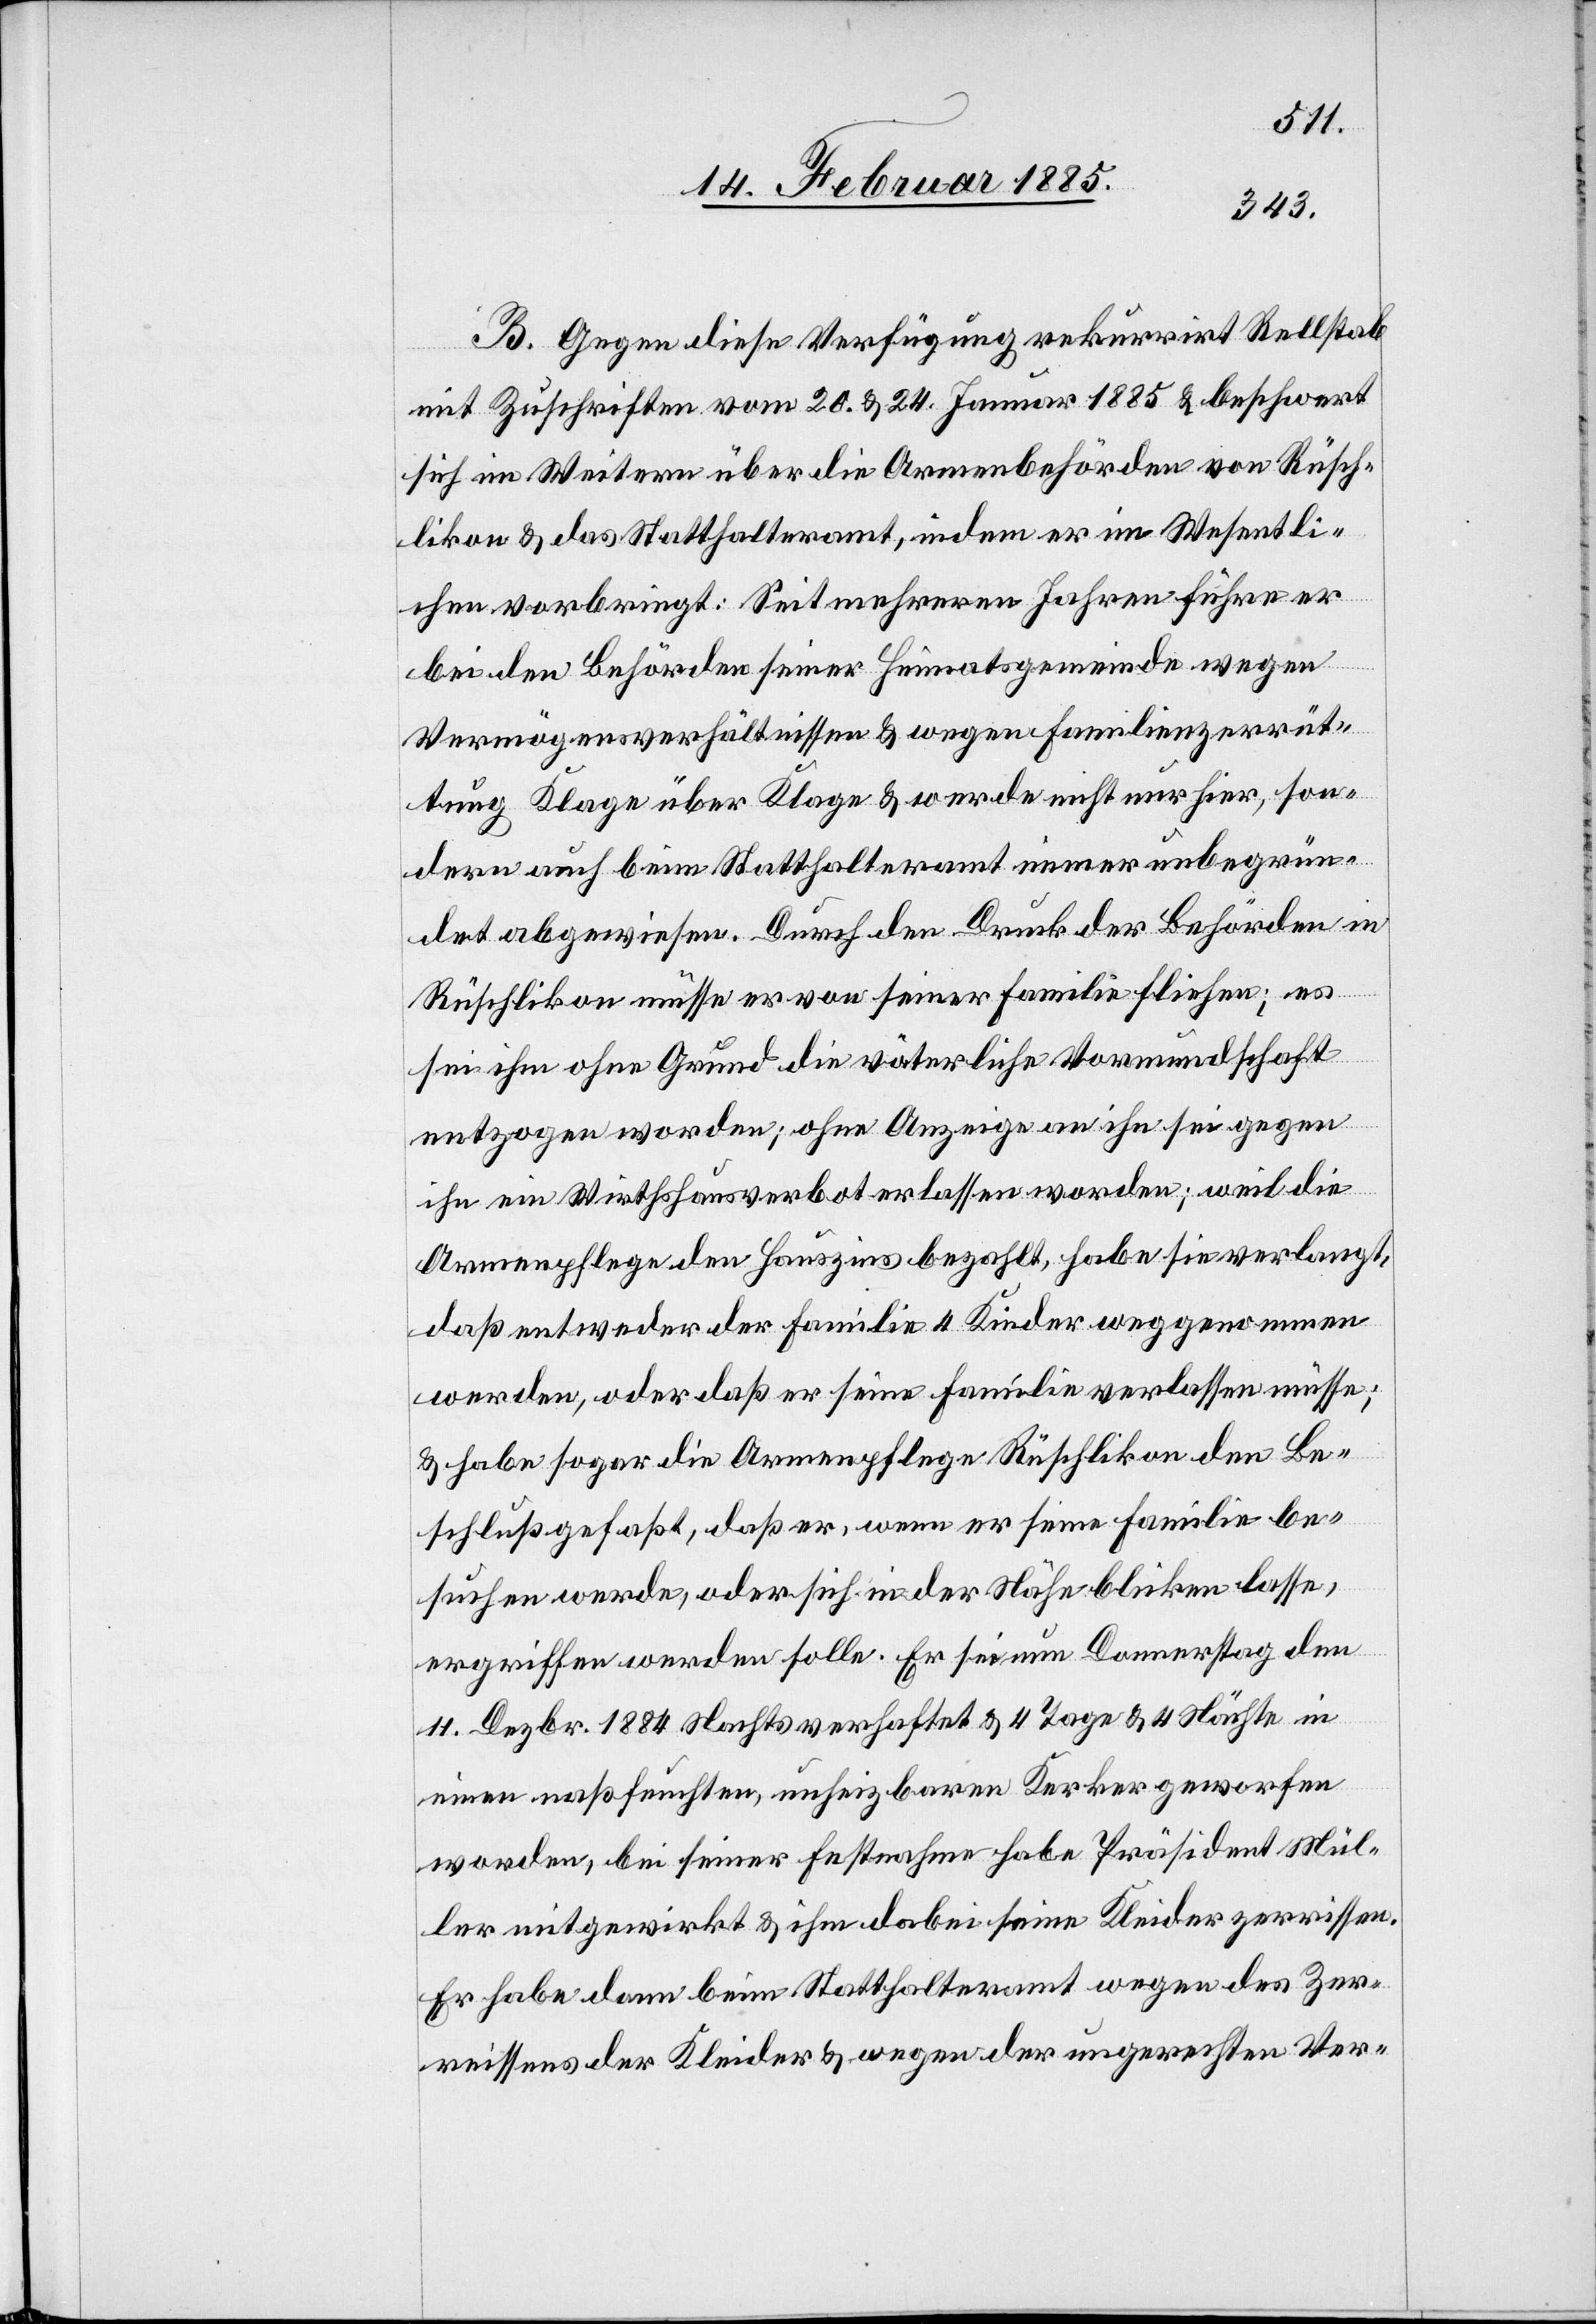
B. Gegen diese Verfügung rekurrirt Rellstab
mit Zuschriften vom 20. & 24. Januar 1885 & beschwert
sich im Weitern über die Armenbehörden von Rüsch¬
likon & das Statthalteramt, indem er im Wesentli¬
chen vorbringt: Seit mehreren Jahren führe er
bei den Behörden seiner Heimatsgemeinde wegen
Vermögensverhältnissen & wegen Familienzerrüt¬
tung Klage über Klage & werde nicht nur hier, son¬
dern auch beim Statthalteramt immer unbegrün¬
det abgewiesen. Durch den Druck der Behörden in
Rüschlikon müsse er von seiner Familie fliehen; es
sei ihm ohne Grund die väterliche Vormundschaft
entzogen worden; ohne Anzeige an ihn sei gegen
ihn ein Wirthshausverbot erlassen worden; weil die
Armenpflege den Hauszins bezahlt, habe sie verlangt,
daß entweder der Familie 4 Kinder weggenommen
werden, oder daß er seine Familie verlassen müsse;
& habe sogar die Armenpflege Rüschlikon den Be¬
schluß gefaßt, daß er, wenn er seine Familie be¬
suchen werde, oder sich in der Nähe blicken lasse,
ergriffen werden solle. Er sei nun Donnerstag den
11. Dezbr. 1884 Nachts verhaftet & 4 Tage & 4 Nächte in
einen naßfeuchten, unheizbaren Kerker geworfen
worden, bei seiner Festnahme habe Präsident Mül¬
ler mitgewirkt & ihm dabei seine Kleider zerrissen.
Er habe dann beim Statthalteramt wegen des Zer¬
reissens der Kleider & wegen der ungerechten Ver-